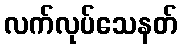
လက်လုပ်သေနတ်